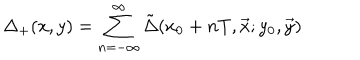
LaTeX: \Delta _ { + } ( x , y ) = \sum _ { n = - \infty } ^ { \infty } \tilde { \Delta } ( x _ { 0 } + n T , \vec { x } ; y _ { 0 } , \vec { y } )